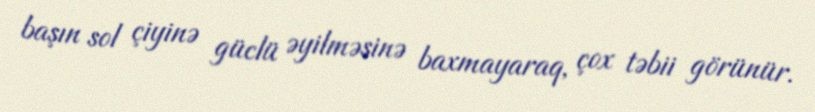
başın sol çiyinə güclü əyilməsinə baxmayaraq, çox təbii görünür.